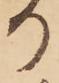
か